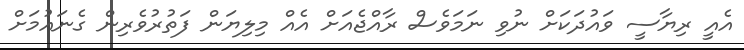
އެއީ ރިޔާސީ ވައުދަކަށް ނުވި ނަމަވެސް ރާއްޖެއަށް އެއް މިލިޔަން ފަތުރުވެރިން ގެނައުމަށް